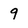
Character: 9